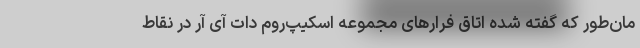
مان‌طور که گفته شده اتاق فرارهای مجموعه اسکیپ‌روم دات آی آر در نقاط